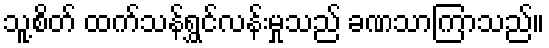
သူ့စိတ် ထက်သန်ရွှင်လန်းမှုသည် ခဏသာကြာသည်။